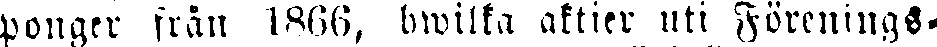
ponger från 1866, hwilka aktier uti Förenings-